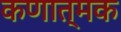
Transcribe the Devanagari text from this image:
कणात्मक